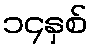
၁၄နှစ်